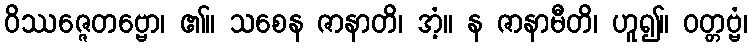
ဝိဿဇ္ဇေတဗ္ဗော၊ ၏။ သစေန ဇာနာတိ၊ အံ့။ န ဇာနာမီတိ၊ ဟူ၍။ ဝတ္တဗ္ဗံ၊